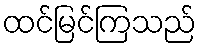
ထင်မြင်ကြသည်